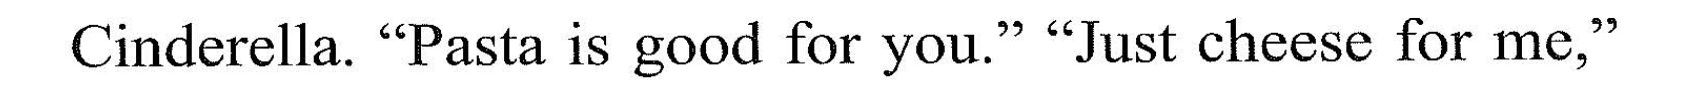
Cinderella. "Pasta is good for you.""Just cheese for mc,"